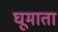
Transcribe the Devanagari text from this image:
घूमाता